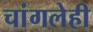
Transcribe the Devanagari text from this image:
चांगलेही